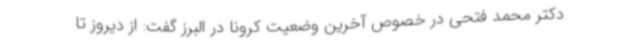
دکتر محمد فتحی در خصوص آخرین وضعیت کرونا در البرز گفت: از دیروز تا